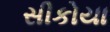
સીકોયા